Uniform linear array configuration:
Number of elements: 8
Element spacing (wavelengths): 0.25
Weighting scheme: exponential
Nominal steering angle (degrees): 15
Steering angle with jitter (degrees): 13.084
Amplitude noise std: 0.05
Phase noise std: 0.05

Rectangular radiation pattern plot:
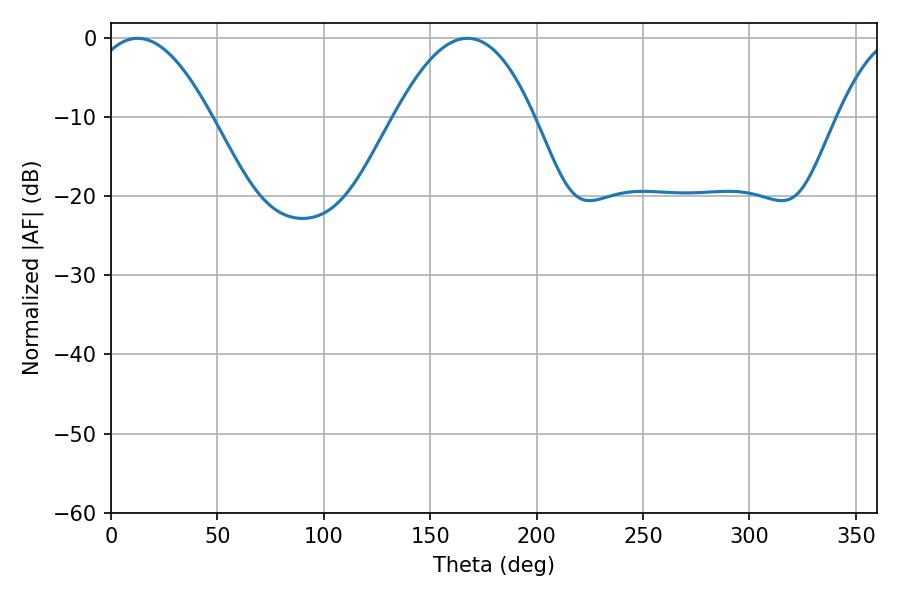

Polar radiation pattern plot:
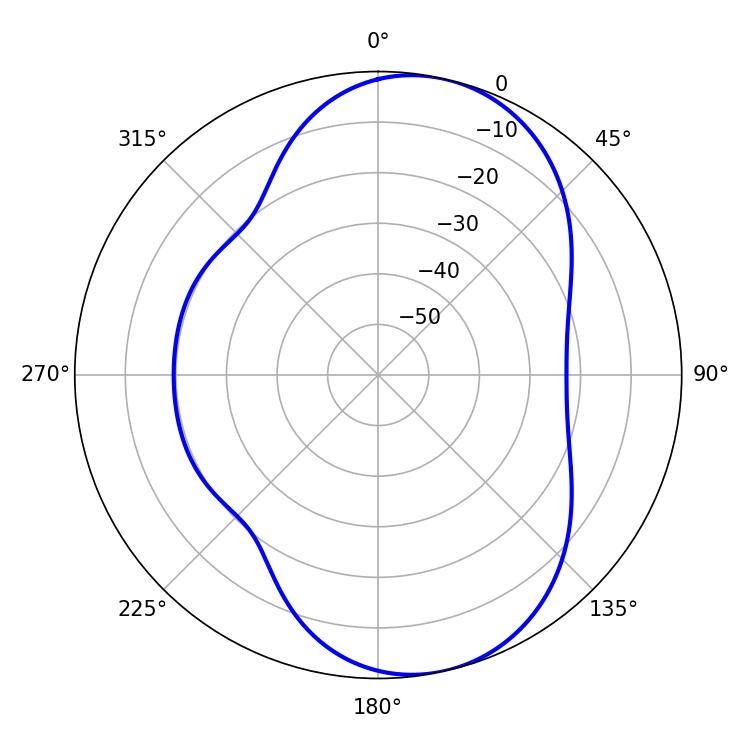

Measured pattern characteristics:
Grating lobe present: FALSE
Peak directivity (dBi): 8.288
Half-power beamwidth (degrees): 30.96
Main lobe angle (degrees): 12.6